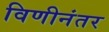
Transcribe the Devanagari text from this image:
विणीनंतर